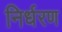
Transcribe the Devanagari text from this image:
निर्धरण